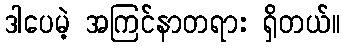
ဒါပေမဲ့ အကြင်နာတရား ရှိတယ်။